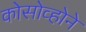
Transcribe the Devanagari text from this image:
कोसोव्होने